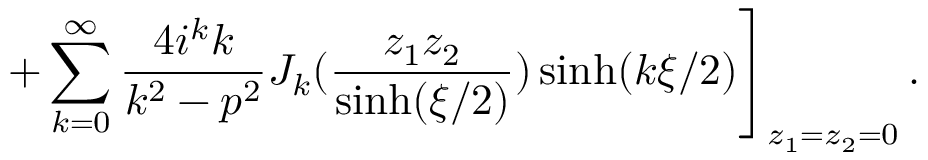
\left. + \sum _ { k = 0 } ^ { \infty } \frac { 4 i ^ { k } k } { k ^ { 2 } - p ^ { 2 } } J _ { k } ( \frac { z _ { 1 } z _ { 2 } } { \sinh ( \xi / 2 ) } ) \sinh ( k \xi / 2 ) \right] _ { z _ { 1 } = z _ { 2 } = 0 } .